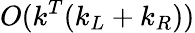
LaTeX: O(k^{T}(k_{L}+k_{R}))